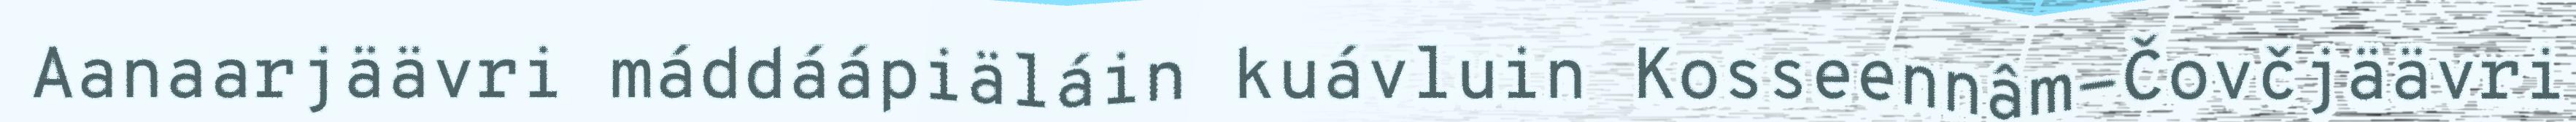
Aanaarjäävri máddáápiäláin kuávluin Kosseennâm-Čovčjäävri